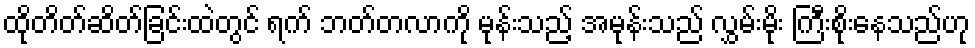
ထိုတိတ်ဆိတ်ခြင်းထဲတွင် ရက် ဘတ်တလာကို မုန်းသည့် အမုန်းသည် လွှမ်းမိုး ကြီးစိုးနေသည်ဟု